Scientific memoirs by medical officers of the Army of India - Part VIII,
Year: 1894
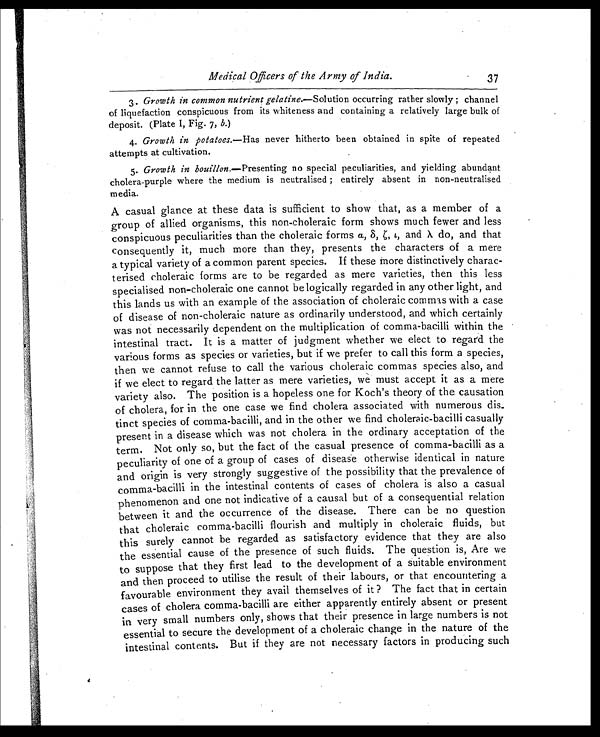
Medical Officers of the Army of India.
37
3. Growth in common nutrient gelatine. —Solution occurring rather slowly ; channel
of liquefaction conspicuous from its whiteness and containing a relatively large bulk of
deposit. (Plate I, Fig. 7, b.)
4. Growth in potatoes. —Has never hitherto been obtained in spite of repeated
attempts at cultivation.
5. Growth in bouillon.— Presenting no special peculiarities, and yielding abundant
cholera-purple where the medium is neutralised ; entirely absent in non-neutralised
media.
A casual glance at these data is sufficient to show that, as a member of a
group of allied organisms, this non-choleraic form shows much fewer and less
conspicuous peculiarities than the choleraic forms α., δ,ζ , ι , a n d
λ d o , a n d t h a t
consequently it, much more than they, presents the characters of a mere
a typical variety of a common parent species. If these more distinctively charac-
terised choleraic forms are to be regarded as mere varieties, then this less
specialised non-choleraic one cannot be logically regarded in any other light, and
this lands us with an example of the association of choleraic commas with a case
of disease of non-choleraic nature as ordinarily understood, and which certainly
was not necessarily dependent on the multiplication of comma-bacilli within the
intestinal tract. It is a matter of judgment whether we elect to regard the
various forms as species or varieties, but if we prefer to call this form a species,
then we cannot refuse to call the various choleraic commas species also, and
if we elect to regard the latter as mere varieties, we must accept it as a mere
variety also. The position is a hopeless one for Koch's theory of the causation
of cholera, for in the one case we find cholera associated with numerous dis
-tinct species of comma-bacilli, and in the other we find choleraic-bacilli casually
present in a disease which was not cholera in the ordinary acceptation of the
term. Not only so, but the fact of the casual presence of comma-bacilli as a
peculiarity of one of a group of cases of disease otherwise identical in nature
and origin is very strongly suggestive of the possibility that the prevalence of
comma-bacilli in the intestinal contents of cases of cholera is also a casual
phenomenon and one not indicative of a causal but of a consequential relation
between it and the occurrence of the disease. There can be no question
that choleraic comma-bacilli flourish and multiply in choleraic fluids, but
this surely cannot be regarded as satisfactory evidence that they are also
the essential cause of the presence of such fluids. The question is, Are we
to suppose that they first lead to the development of a suitable environment
and then proceed to utilise the result of their labours, or that encountering a
favourable environment they avail themselves of it ? The fact that in certain
cases of cholera comma-bacilli are either apparently entirely absent or present
in very small numbers only, shows that their presence in large numbers is not
essential to secure the development of a choleraic change in the nature of the
intestinal contents. But if they are not necessary factors in producing such